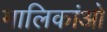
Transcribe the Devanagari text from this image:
मालिकांओ